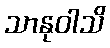
သာနုဝါသိ